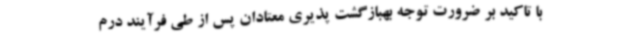
با تاکید بر ضرورت توجه بهبازگشت پذیری معتادان پس از طی فرآیند درم